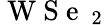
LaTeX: \mathrm{~W~S~e~}_{\mathrm{~2~}}